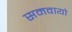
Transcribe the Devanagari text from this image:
समवायो